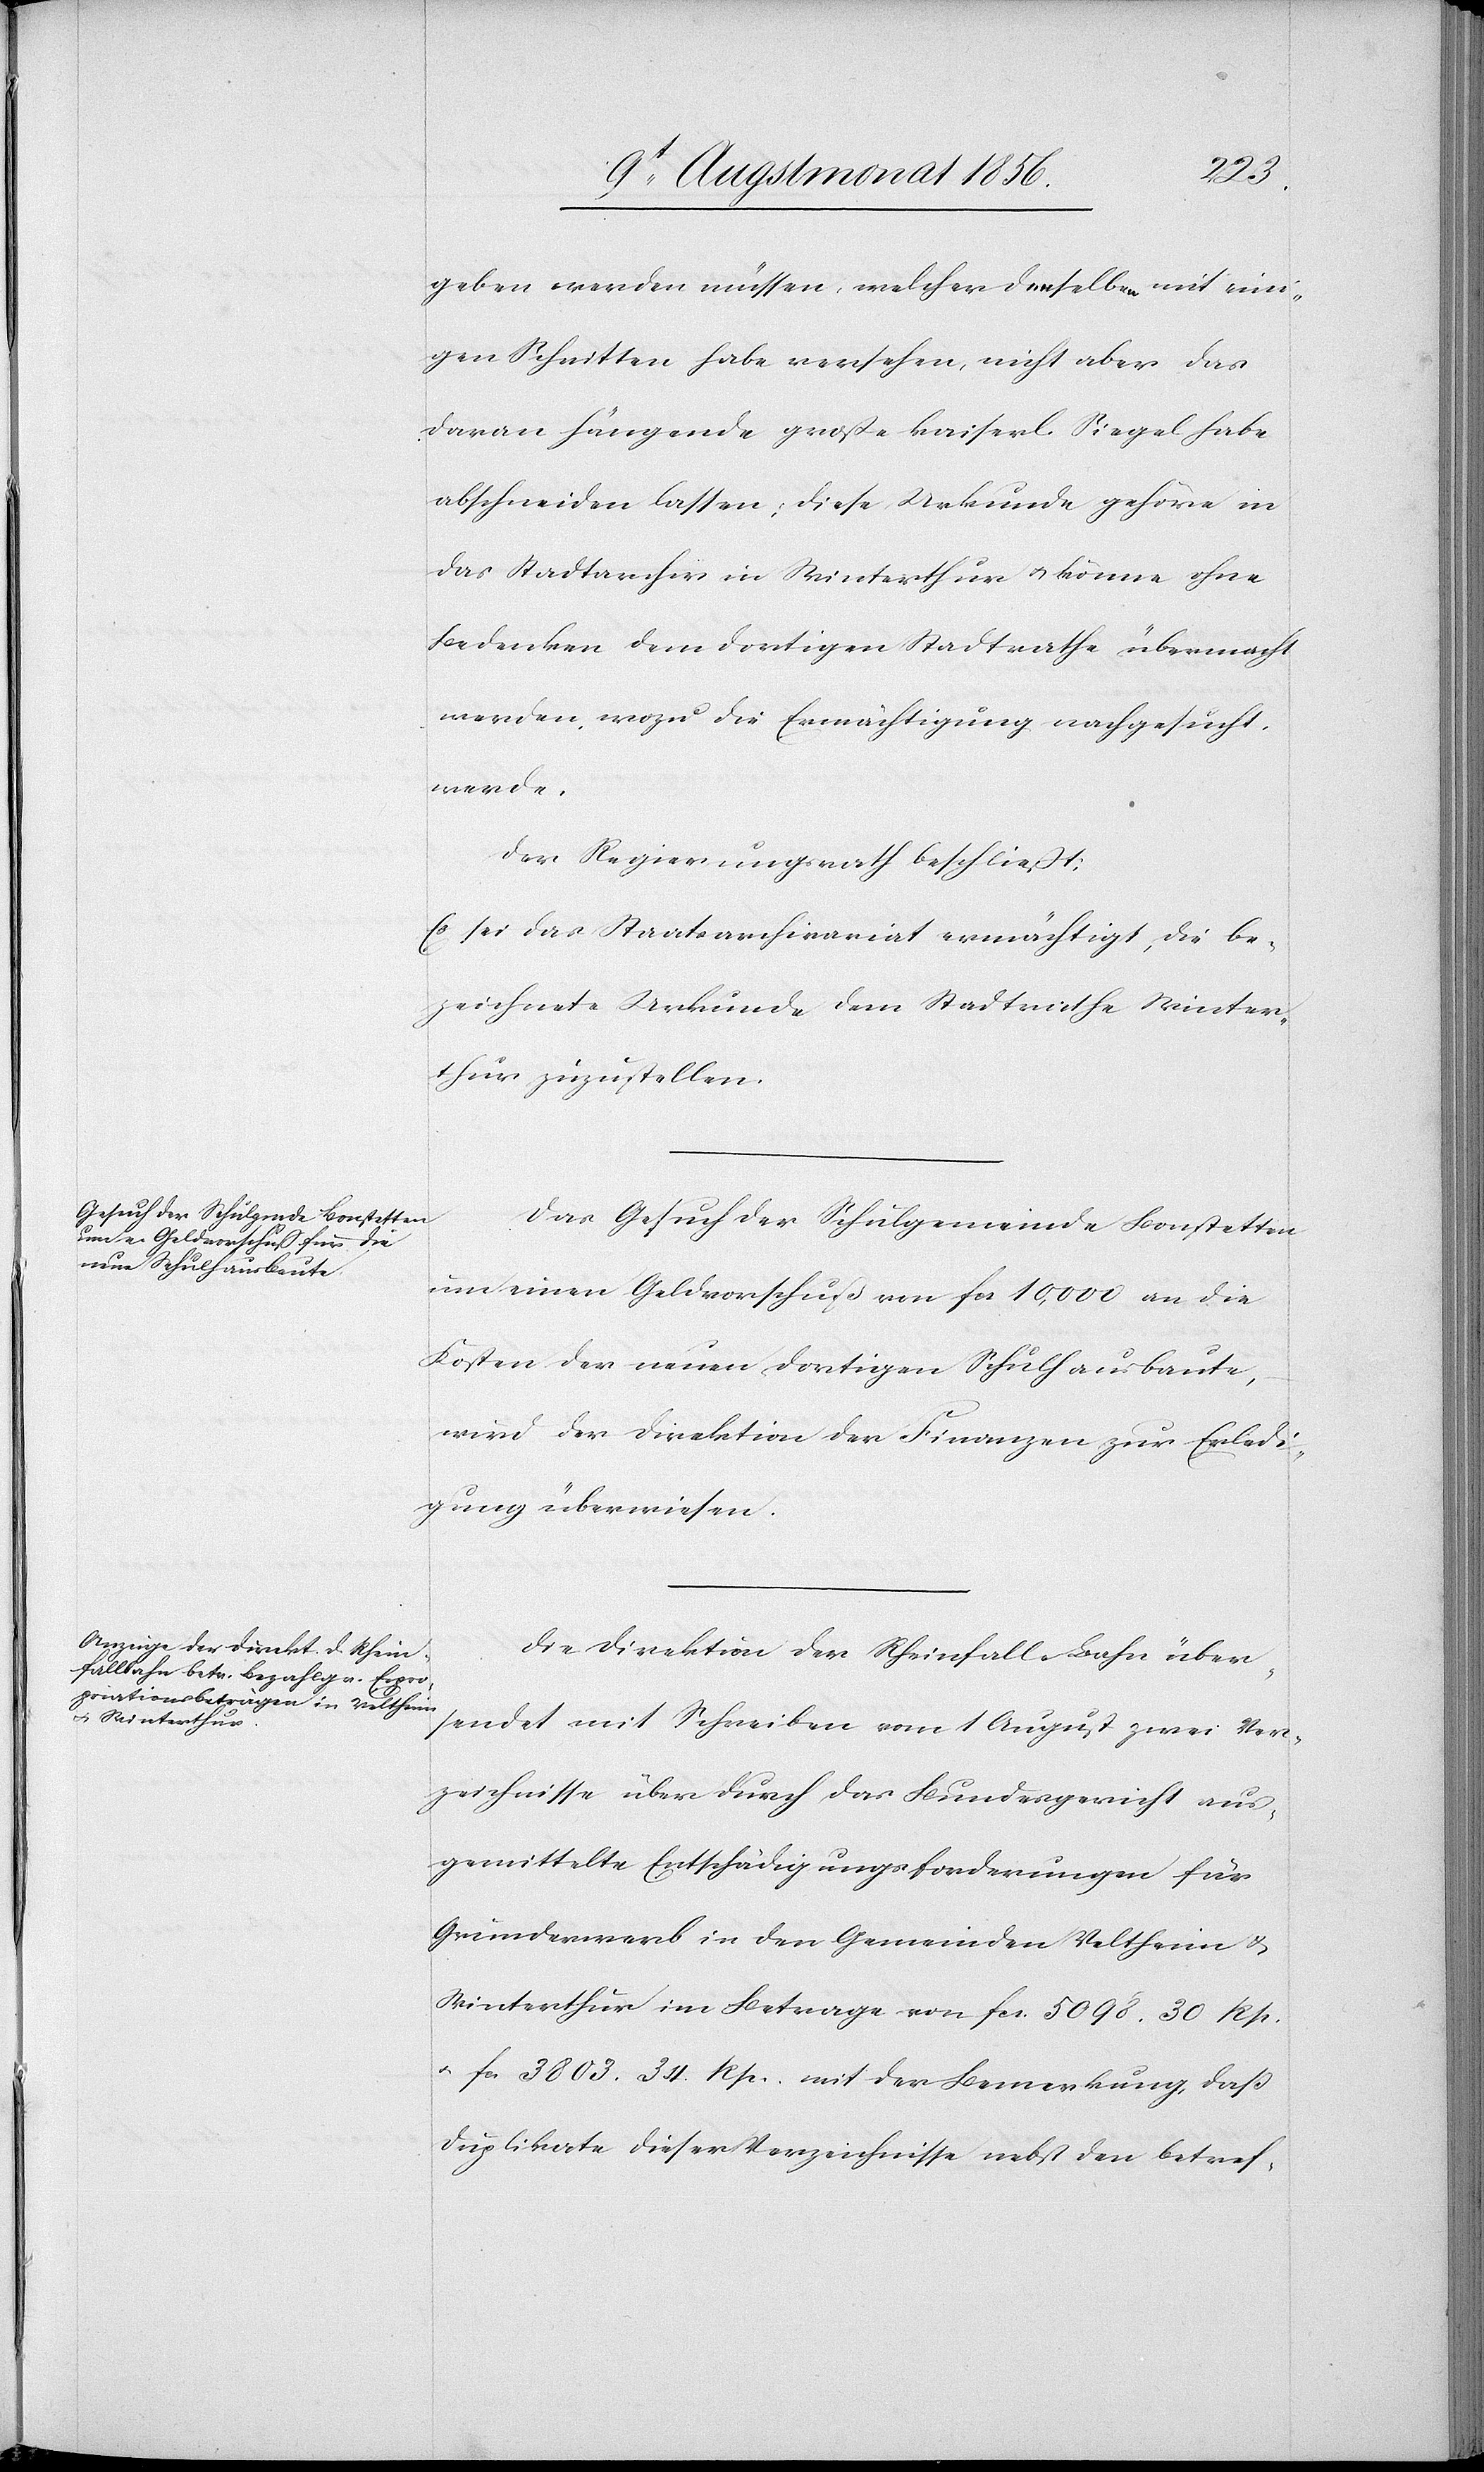
geben werden müssen, welcher denselben mit eini¬
gen Schnitten habe versehen, nicht aber das
daran hängende große kaiserl. Siegel habe
abschneiden lassen; diese Urkunde gehöre in
das Stadtarchiv in Winterthur u. könne ohne
Bedenken dem dortigen Stadtrathe übermacht
werden, wozu die Ermächtigung nachgesucht
werde.
Der Regierungsrath beschließt:
Es sei das Staatsarchivariat ermächtigt, die be¬
zeichnete Urkunde dem Stadtrathe Winter¬
thur zuzustellen.
Das Gesuch der Schulgemeinde Bonstetten
um einen Geldvorschuß von fcs 10,000 an die
Kosten der neuen dortigen Schulhausbaute,
wird der Direktion der Finanzen zur Erledi¬
gung überwiesen.
Die Direktion der Rheinfall-Bahn über¬
sendet mit Schreiben vom 1 August zwei Ver¬
zeichnisse über durch das Bundesgericht aus¬
gemittelte Entschädigungsforderungen für
Grunderwerb in den Gemeinden Veltheim &
Winterthur im Betrage von fcs. 5098. 30 Rp.
u. fcs 3803. 34 Rp. mit der Bemerkung, daß
Duplikate dieser Verzeichnisse nebst den betref-